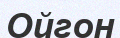
Ойгон